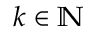
k \in \mathbb { N }